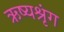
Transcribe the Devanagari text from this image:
ऋष्यश्रृंग